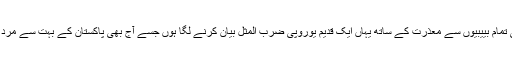
نیٹ پہ نیٹ گردی کرنے والی تمام بییبیوں سے معذرت کے ساتھ یہاں ایک قدیم یوروپی ضرب المثل بیان کرنے لگا ہوں جسے آج بھی پاکستان کے بہت سے مرد حضرات اکسیر سمجھتے ہیں۔